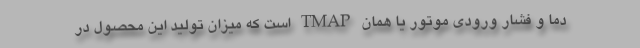
دما و فشار ورودی موتور یا همان TMAP است که میزان تولید این محصول در